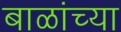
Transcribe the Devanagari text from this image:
बाळांच्या